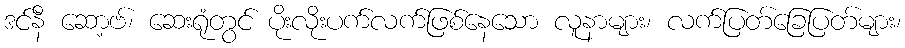
ဒင်နီ ဆော့ဗ်၊ ဆေးရုံတွင် ပိုးလိုးပက်လက်ဖြစ်နေသော လူနာများ၊ လက်ပြတ်ခြေပြတ်များ၊